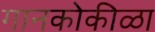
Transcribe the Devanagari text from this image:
गानकोकीळा